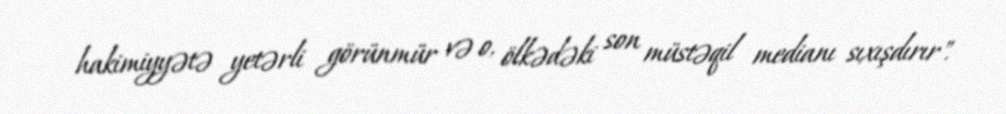
hakimiyyətə yetərli görünmür və o, ölkədəki son müstəqil medianı sıxışdırır".